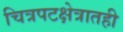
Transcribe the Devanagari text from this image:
चित्रपटक्षेत्रातही